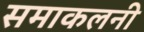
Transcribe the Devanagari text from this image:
समाकलनी